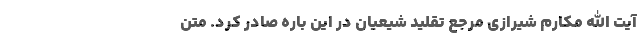
آیت الله مکارم شیرازی مرجع تقلید شیعیان در این باره صادر کرد. متن